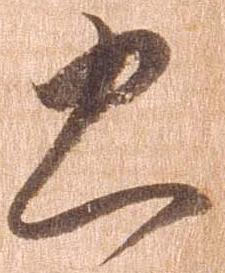
忠